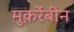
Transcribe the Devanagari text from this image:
मुक़र्रेबीन